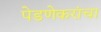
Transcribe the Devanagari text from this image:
पेडणेकरांचा